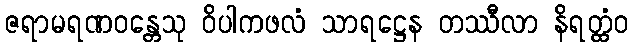
ဇရာမရဏဝန္တေသု ဝိပါကဖလံ သာရဋ္ဌေန တဿီလာ နိရတ္ထံဝ